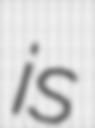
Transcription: is